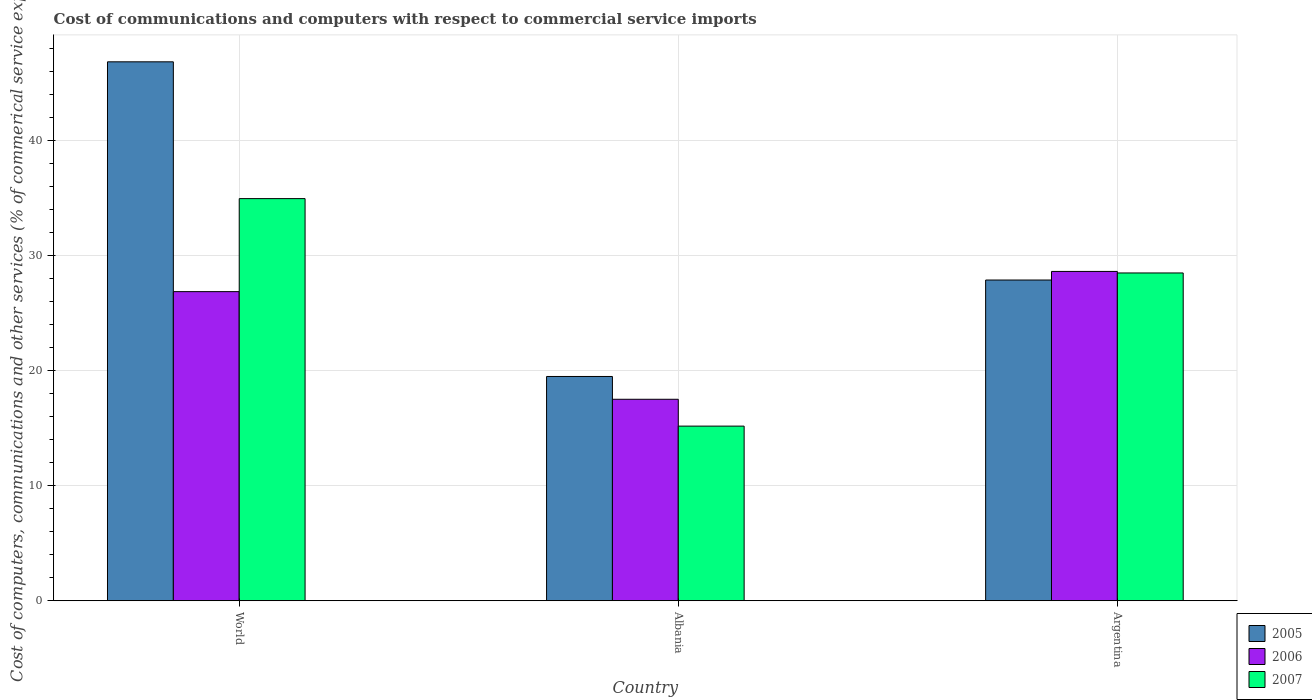
| Country | 2005 | 2006 | 2007 |
 | --- | --- | --- | --- |
 | World | 46.9 | 26.9 | 35 |
 | Albania | 19.5 | 17.5 | 15.2 |
 | Argentina | 27.9 | 28.6 | 28.5 |